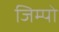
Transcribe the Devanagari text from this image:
जिम्पो